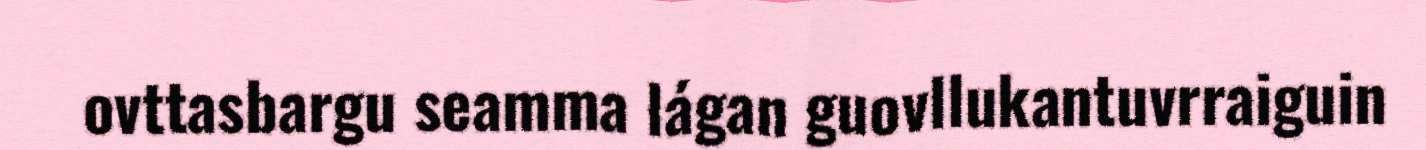
ovttasbargu seamma lágan guovllukantuvrraiguin